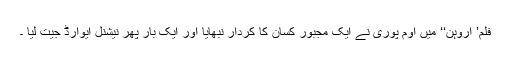
فلم’ اروہن‘‘ میں اوم پوری نے ایک مجبور کسان کا کردار نبھایا اور ایک بار پھر نیشنل ایوارڈ جیت لیا ۔